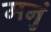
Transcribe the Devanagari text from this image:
मनुं